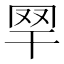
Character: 𦉻